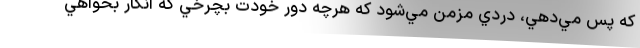
كه پس مي‌دهي، دردي مزمن مي‌شود كه هرچه دور خودت بچرخي كه انگار بخواهي